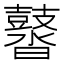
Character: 䶁